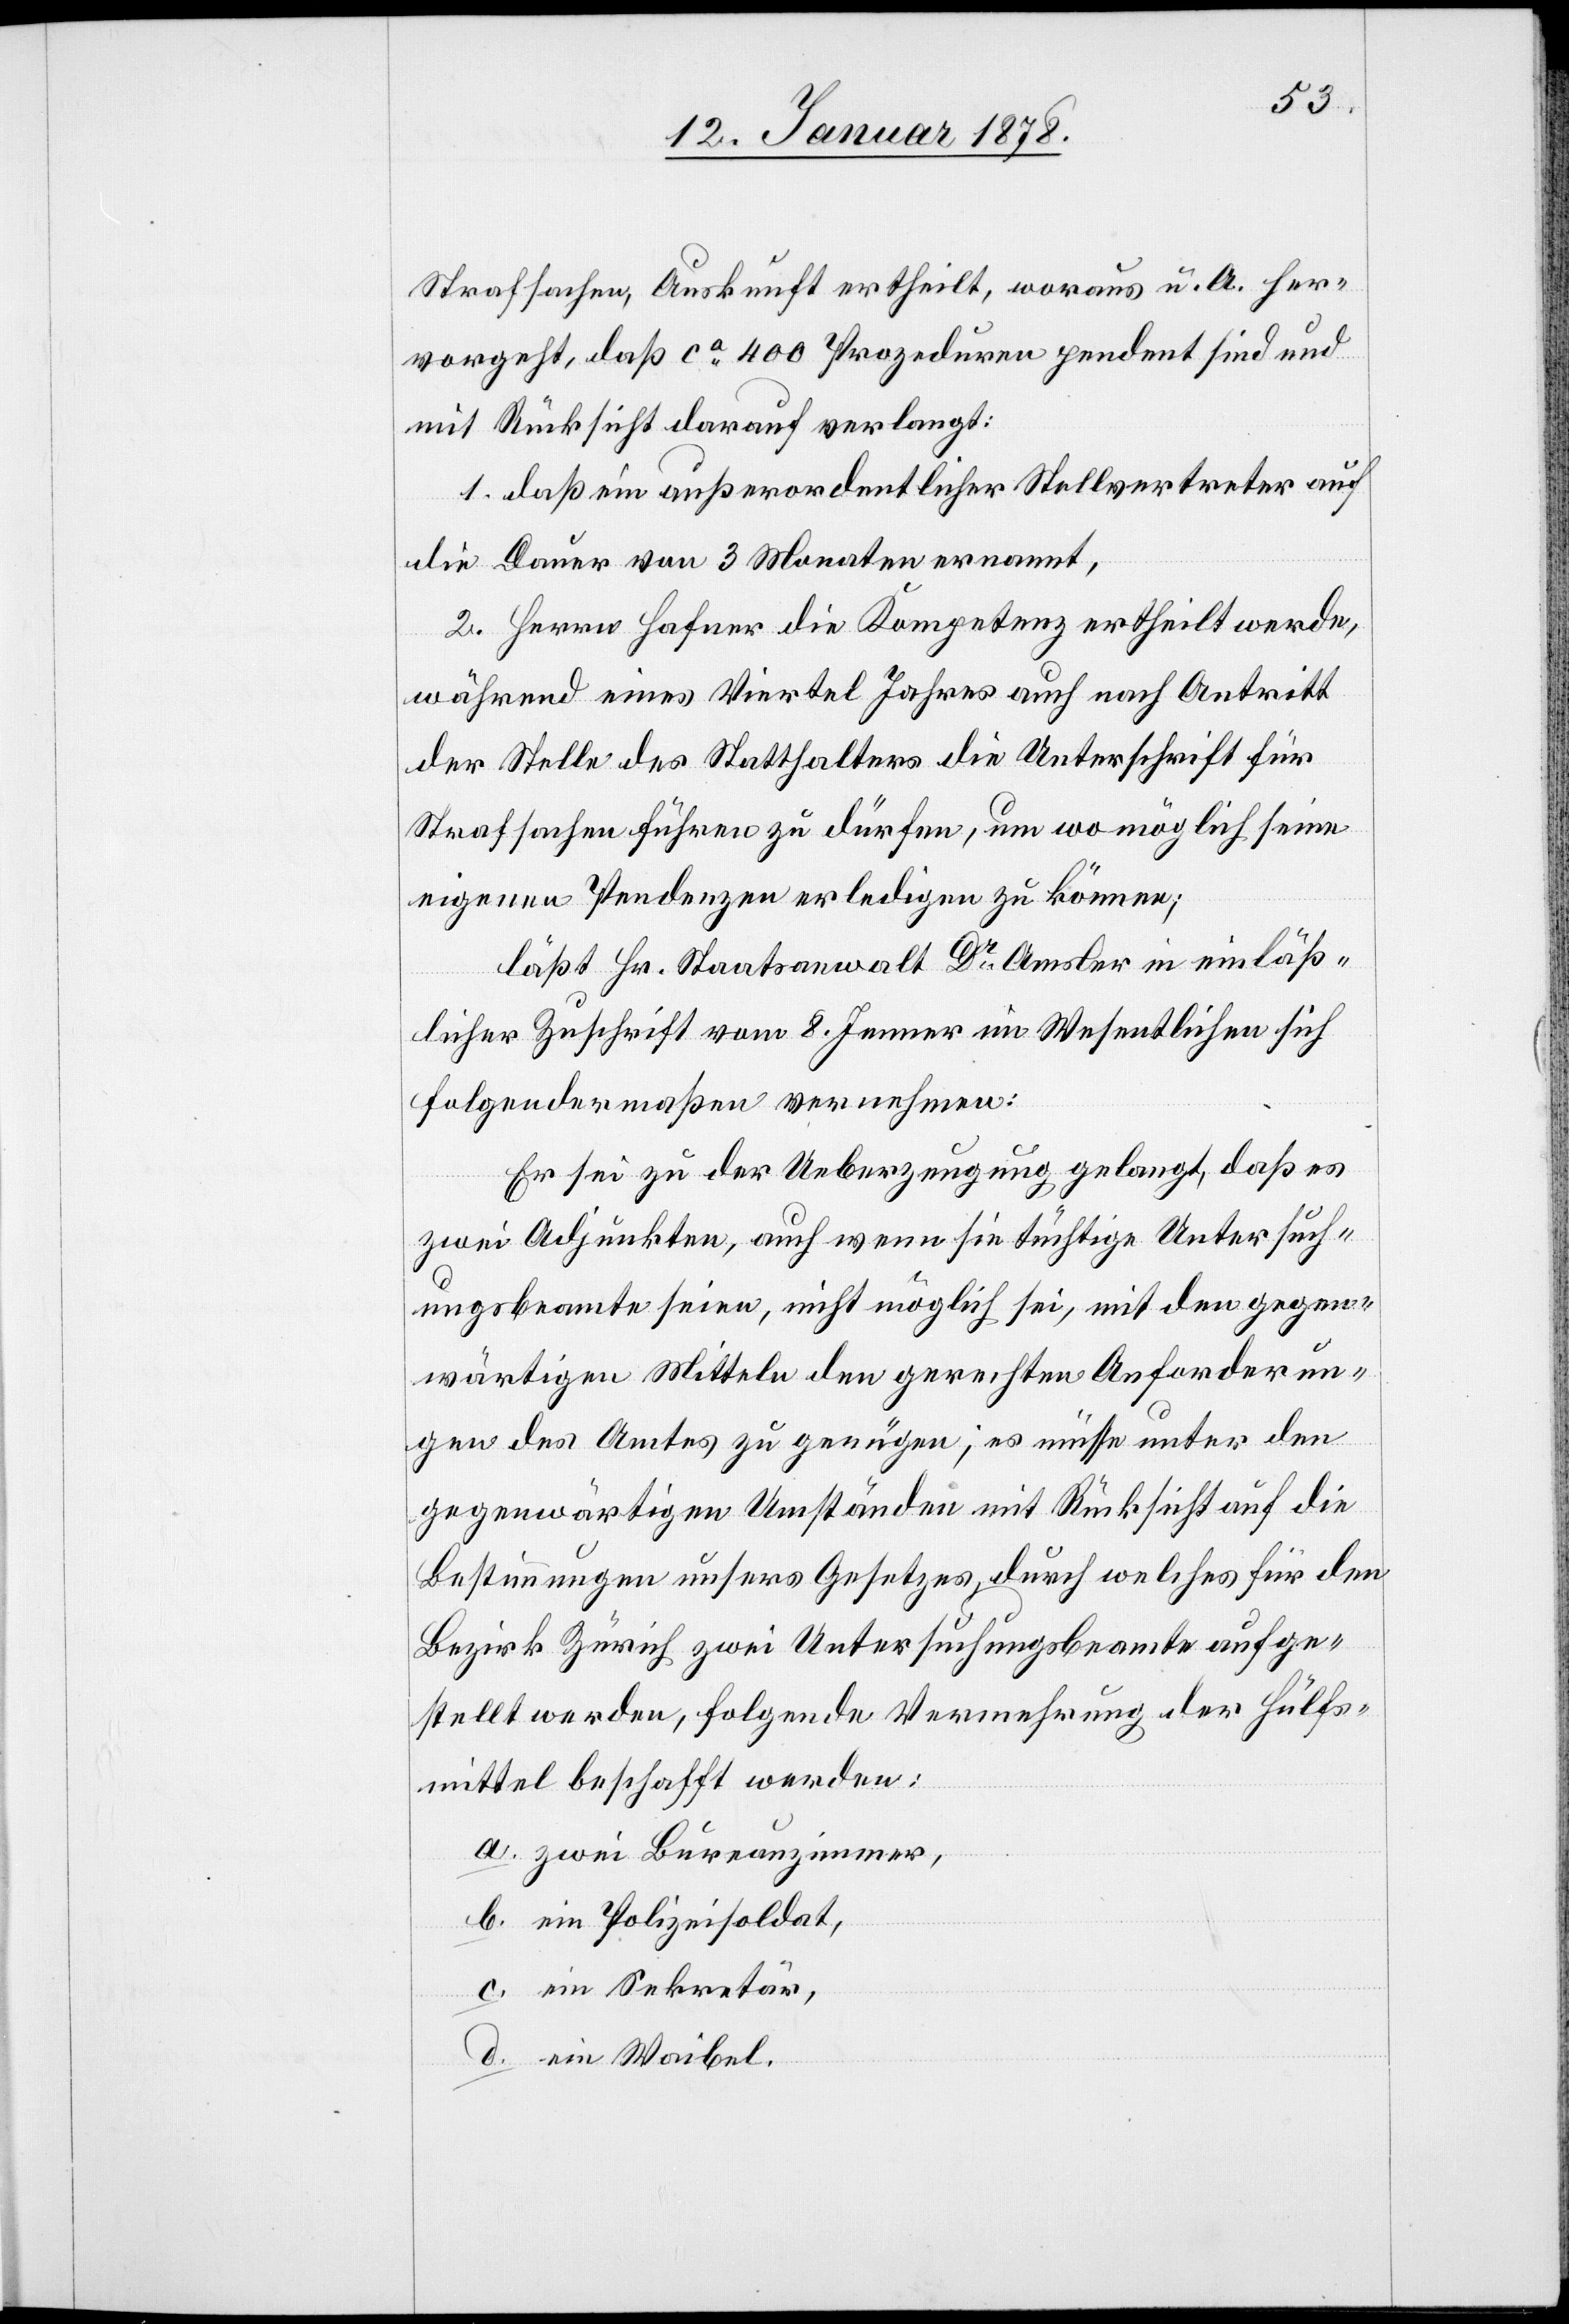
Strafsachen, Auskunft ertheilt, woraus u. A. her¬
vorgeht, daß ca 400 Prozeduren pendent sind und
mit Rücksicht darauf verlangt:
1. daß ein außerordentlicher Stellvertreter auf
die Dauer von 3 Monaten ernannt,
2. ferner Hafner die Kompetenz ertheilt werde,
während eines Viertels Jahres auch nach Antritt
der Stelle des Statthalters die Unterschrift für
Strafsachen führen zu dürfen, um wo möglich seine
eigenen Pendenzen erledigen zu können;
läßt Hr. Staatsanwalt Dr Amsler in einläß¬
licher Zuschrift vom 8. Jenner im Wesentlichen sich
folgendermaßen vernehmen:
Er sei zu der Ueberzeugung gelangt, daß es
zwei Adjunkten, auch wenn sie tüchtige Untersuch¬
ungsbeamte seien, nicht möglich sei, mit den gegen¬
wärtigen Mitteln den gerechten Anforderun¬
gen des Amtes zu genügen; es müsse unter den
gegenwärtigen Umständen mit Rücksicht auf die
Bestimmungen unsers Gesetzes, durch welches für den
Bezirk Zürich zwei Untersuchungsbeamte aufge¬
stellt werden, folgende Vermehrung der Hülfs¬
mittel beschafft werden;
a. zwei Bureauzimmer,
b. ein Polizeisoldat,
c. ein Sekretär,
d. ein Waibel.